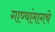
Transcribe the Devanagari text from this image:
गाण्यांमागचे